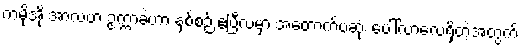
ကမိုအို အာလဗာ ဥက္ကာခဲဟာ နှစ်စဉ် ဧပြီလမှာ အတောက်ပဆုံး ပေါ်လာလေ့ရှိတဲ့အတွက်